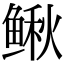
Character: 鳅